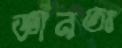
জ্ঞানতঃ